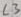
Text: L3